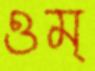
ওম্‌